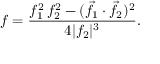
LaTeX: f = { \frac { f _ { 1 } ^ { 2 } \, f _ { 2 } ^ { 2 } - ( { \vec { f } } _ { 1 } \cdot { \vec { f } } _ { 2 } ) ^ { 2 } } { 4 | f _ { 2 } | ^ { 3 } } } .